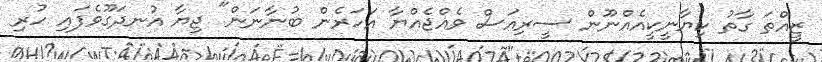
ޒީއްތަ ގާތު ކިޔާނީކީއެއްނޫން ސީރިއަސް ވެއްޖެއްޔާ އަހަރެން ބުނާނަން" ޖިޔާ އުނދަގޫވެފައި ހުރި